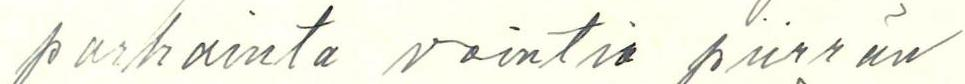
parhainta vointia piirrän